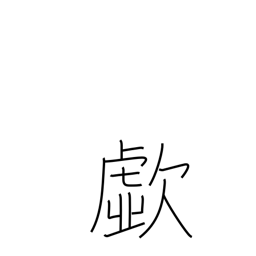
Meaning: cry